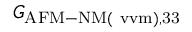
G _ { \mathrm { A F M - N M ( \ v v m ) , 3 3 } }